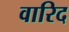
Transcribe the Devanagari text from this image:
वारिद